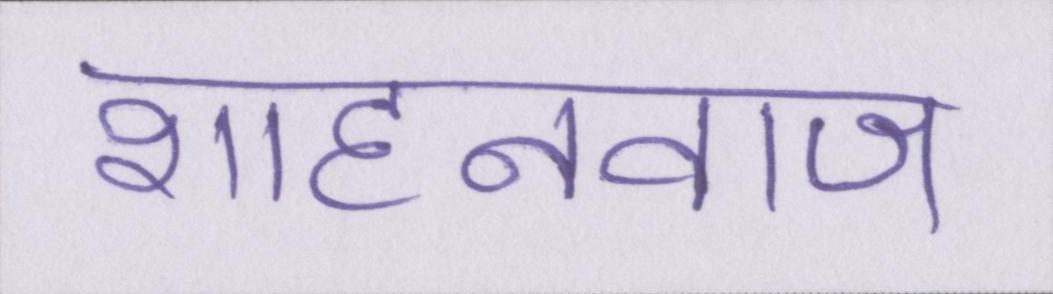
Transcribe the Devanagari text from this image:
शाहनवाज